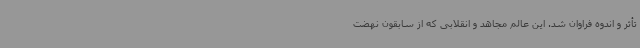
تأثر و اندوه فراوان شد. این عالم مجاهد و انقلابی که از سابقون نهضت